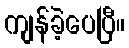
ကျန်ခဲ့ပေပြီ။